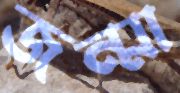
জন্মা